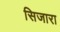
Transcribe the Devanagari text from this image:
सिजारा